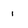
Character: 1